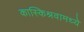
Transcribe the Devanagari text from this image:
कास्किश्रवामध्ये